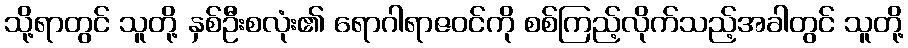
သို့ရာတွင် သူတို့ နှစ်ဦးစလုံး၏ ရောဂါရာဇဝင်ကို စစ်ကြည့်လိုက်သည့်အခါတွင် သူတို့